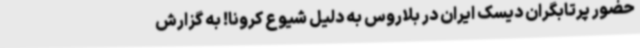
حضور پرتابگران دیسک ایران در بلاروس به دلیل شیوع کرونا! به گزارش